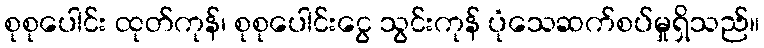
စုစုပေါင်း ထုတ်ကုန်၊ စုစုပေါင်းငွေ သွင်းကုန် ပုံသေဆက်စပ်မှုရှိသည်။